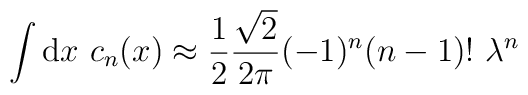
\int {\rm d} x \ c_n (x)  \approx  {1 \over 2} { \sqrt{2} \over 2 \pi}  (-1)^n (n-1)!  \ \lambda^n